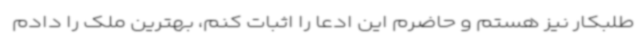
طلبکار نیز هستم و حاضرم این ادعا را اثبات کنم، بهترین ملک را دادم